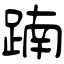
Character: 𨂾